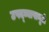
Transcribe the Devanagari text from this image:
उपद्‌व्यापामुळे